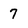
Character: 7